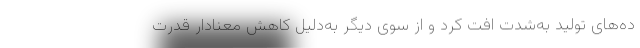
ده‌های تولید به‌شدت افت کرد و از سوی دیگر به‌دلیل کاهش معنادار قدرت